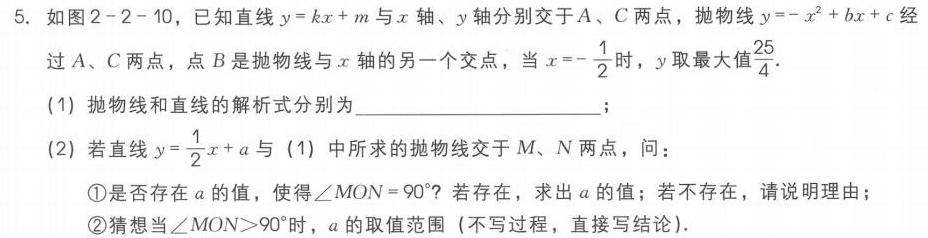
5. 如图2 - 2 - 10，已知直线\(y = kx + m\)与\(x\)轴、\(y\)轴分别交于\(A\)、\(C\)两点，抛物线\(y=-x^{2}+bx + c\)经过\(A\)、\(C\)两点，点\(B\)是抛物线与\(x\)轴的另一个交点，当\(x =-\frac{1}{2}\)时，\(y\)取最大值\(\frac{25}{4}\)。
(1) 抛物线和直线的解析式分别为____________________；
(2) 若直线\(y=\frac{1}{2}x + a\)与(1)中所求的抛物线交于\(M\)、\(N\)两点，问：
\textcircled{1}是否存在\(a\)的值，使得\(\angle MON = 90^{\circ}\)？若存在，求出\(a\)的值；若不存在，请说明理由；
\textcircled{2}猜想当\(\angle MON>90^{\circ}\)时，\(a\)的取值范围（不写过程，直接写结论）。